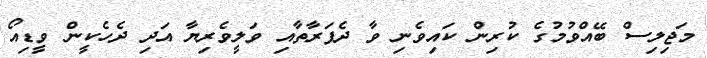
މަޖިލިސް ބޭއްވުމުގެ ކުރިން ކައިވެނި ވާ ދެފަރާތާއި ވަލީވެރިޔާ އަދި ދެހެކީން ވީޑިއޯ